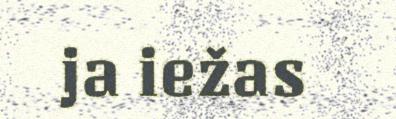
ja iežas